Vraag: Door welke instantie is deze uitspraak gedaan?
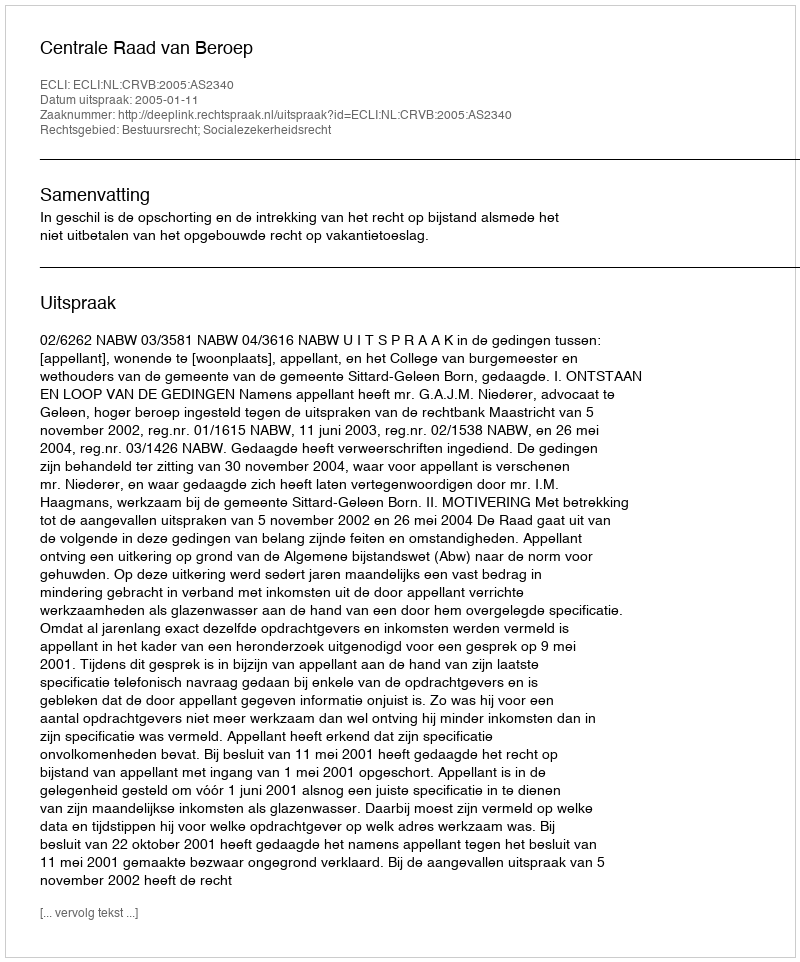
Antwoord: Centrale Raad van Beroep